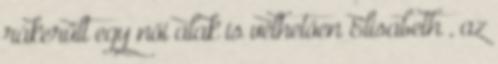
rákerült egy női alak is vélhetően Elisabeth , az